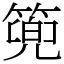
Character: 篼